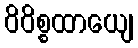
ဝိဝိစ္စထာယျေ